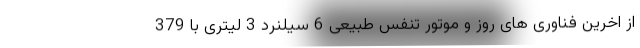
از اخرین فناوری های روز و موتور تنفس طبیعی 6 سیلنرد 3 لیتری با 379